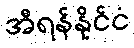
အီရန်နိုင်ငံ